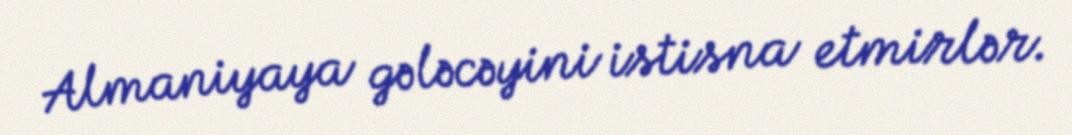
Almaniyaya gələcəyini istisna etmirlər.